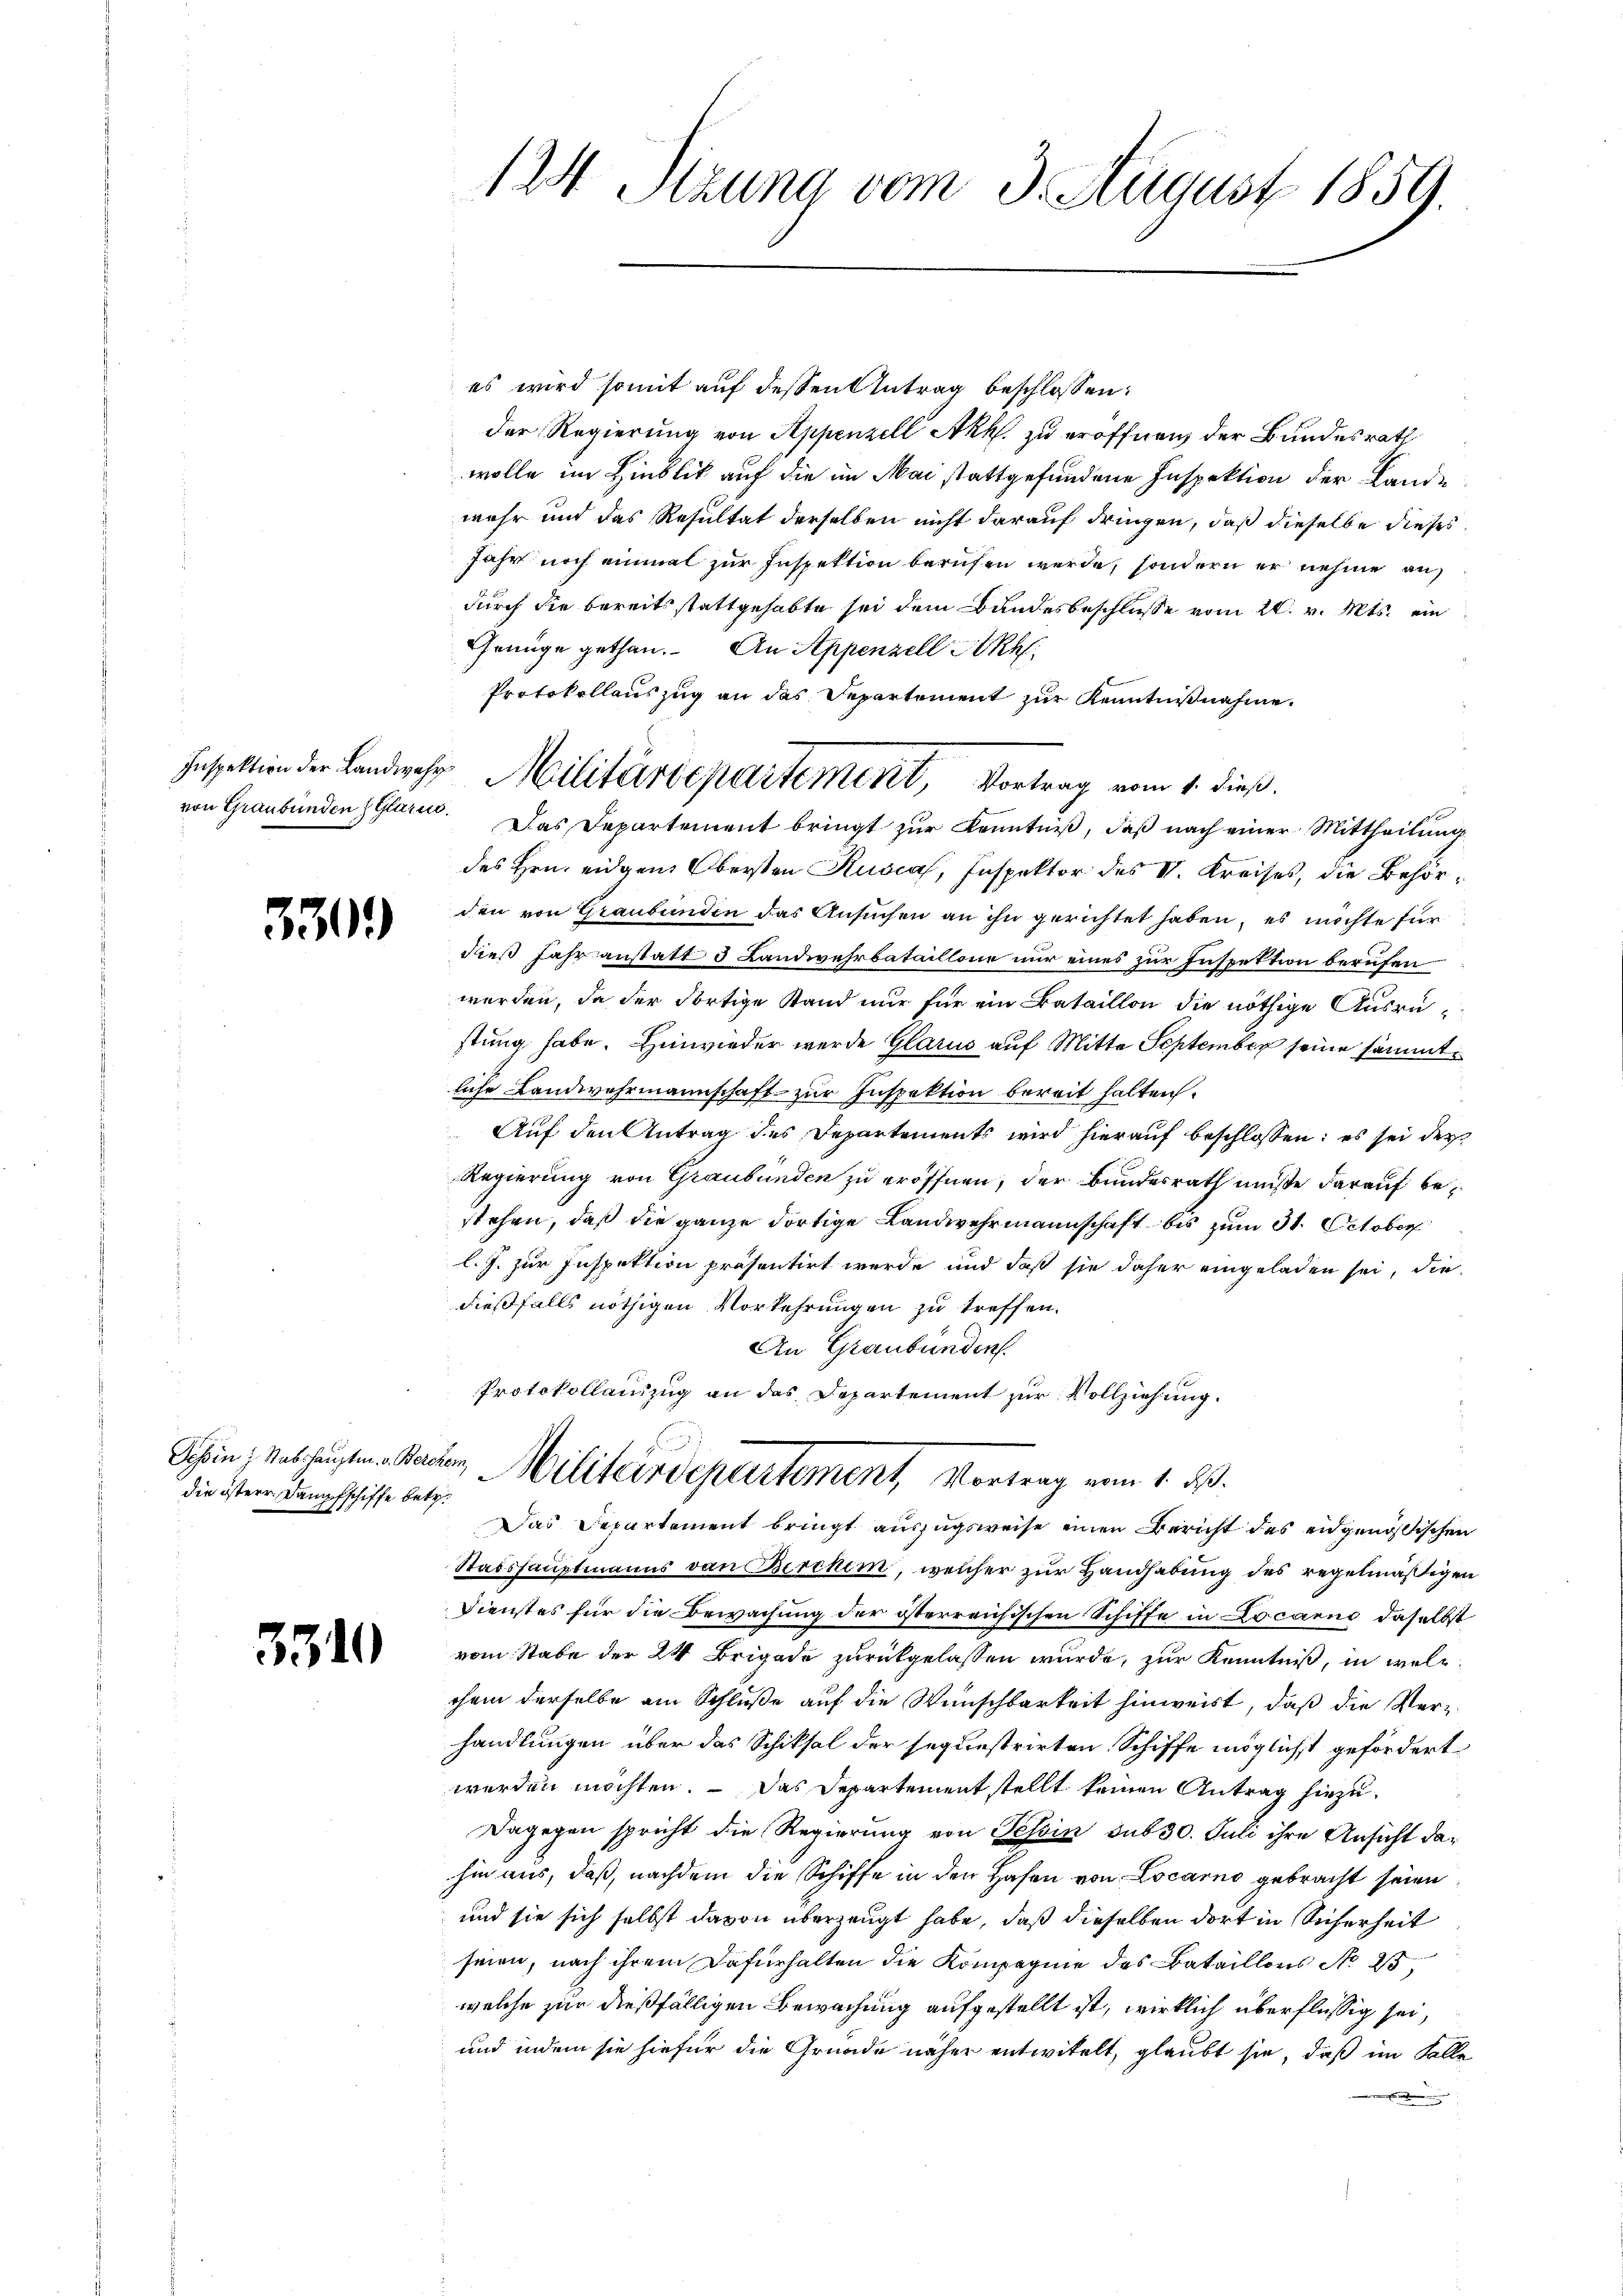
3309

Tessin z. Stabshauptm. v. Bercher,
die östere Dampfschiffe betr.

3310

es wird somit auf dessen Antrag beschlossen:
der Regierung von Appenzell Akk. zu eröffnen der Bundesrath
wolle im Hinblick auf die im Mai stattgefundene Inspektion der Land-
mehr und das Resultat derselben nicht darauf dringen, daß dieselbe dieses
Jahr noch einmal zur Inspektion berufen werde, sondern er nehme an
durch die bereits stattgehabte sei dem Bundesbeschlusse vom 21. v. Mts. ein
Genüge gethan. An Appenzell Akh
Protokollauszug an das Departement zur Kenntnißnahme.
von Graubünden Glarus. Das Departement bringt zur Kenntniß, daß nach einer Mittheilung
des Hrn. eidgen Obersten Kusca, Inspektor des II. Kreises, die Behörden von Graubünden das Ansuchen an ihn gerichtet haben, es möchte für
dieß Jahr anstatt 3 Landwehrbataillone nur eines zur Inspektion berufen
werden, da der dortige Stand nur für ein Bataillon die nöthige Ausrüstung habe. Hinwieder werde Glarus auf Mitte September seine sämmtliche Landwehrmannschaft zur Inspektion bereit halten.
Auf den Antrag des Departements wird hierauf beschlossen: es sei der
Regierung von Graubünden zu eröffnen, der Bundesrath müßte darauf bestehen, daß die ganze dortige Landwehrmannschaft bis zum 31. October
l. J. zur Inspektion präsentirt werde und daß sie daher eingeladen sei, die
dießfalls nöthigen Vorkehrungen zu treffen.
An Graubünden.
Protokollauszug an das Departement zur Vollziehung.
Militärdepartement, Vortrag vom 1. 2.
Das Departement bringt auszugsweise einen Bericht des eidgenößischen
Stabshauptmanns von Berchem, welcher zur Handhabung des regelmäßigen
Dienstes für die Bewachung der österreichischen Schiffe in Locarno daselbst
vom Stabe der 24 Brigade zurückgelassen wurde, zur Kenntniß, in welchem derselbe am Schluße auf die Wunschbarkeit hinweist, daß die Verhandlungen über das Schiksal der sequestrirten Schiffe möglichst gefördert
werden möchten. — Das Departement stellt keinen Antrag hiezu¬
Dagegen spricht die Regierung von Tessin sub 30. Juli ihre Ansicht dahin aus, daß, nachdem die Schiffe in den Hafen von Locarno gebracht seien
und sie sich selbst davon überzeugt habe, daß dieselben dort in Sicherheit
seien, nach ihrem Dafürhalten die Kompagnie des Bataillons No 2
welche zur dießfälligen Bewachung aufgestellt ist, wirklich überflüssig sei,
und indem sie hiefür die Gründe näher entwitelt, glaubt sie, daß im Falle

12 Stzung vom 3. August 1859.

Inspektion der Landwehr Militärdepartement, Vortrag vom 1. dieß.